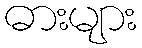
ဓားများ